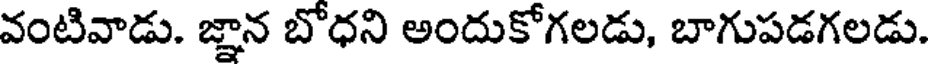
వంటివాడు. జ్ఞాన బోధని అందుకోగలడు, బాగుపడగలడు.